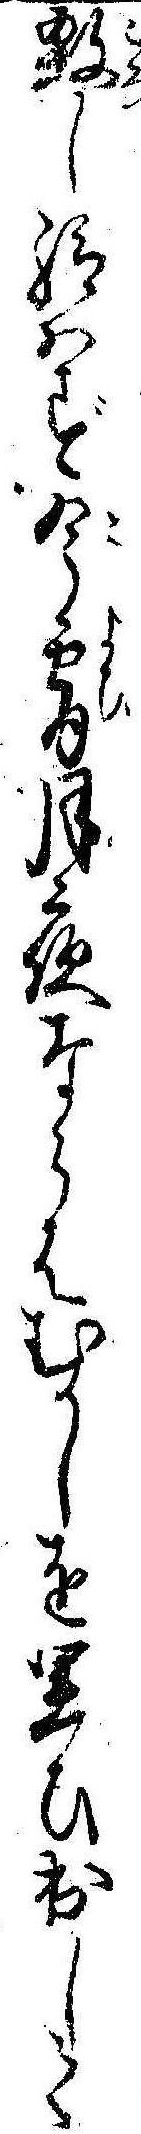
殺し給はず今宵月夜ならはむかしを思ひ出して